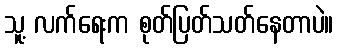
သူ့ လက်ရေးက စုတ်ပြတ်သတ်နေတာပဲ။